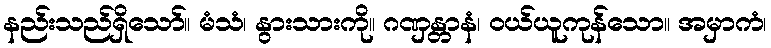
နည်းသည်ရှိသော်။ မံသံ၊ နွားသားကို။ ဂဏှန္တာနံ၊ ဝယ်ယူကုန်သော။ အမှာကံ၊